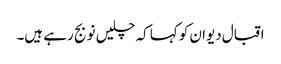
اقبال دیوان کو کہا کہ چلیں نو بج رہے ہیں۔